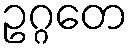
ဥဂ္ဂတေ